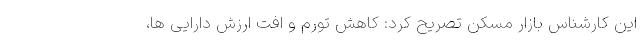
این کارشناس بازار مسکن تصریح کرد: کاهش تورم و افت ارزش دارایی ها،